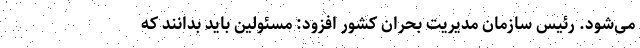
می‌شود. رئیس سازمان مدیریت بحران کشور افزود: مسئولین باید بدانند که